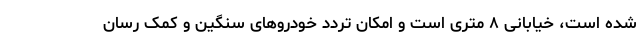
شده است، خیابانی ۸ متری است و امکان تردد خودروهای سنگین و کمک رسان